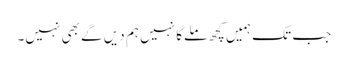
جب تک ہمیں کچھ ملےگا نہیں ہم دیں گے بھی نہیں۔